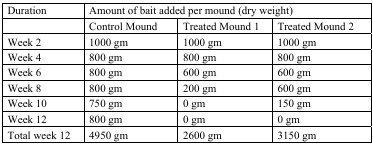
| Duration | <COLSPAN=3> Amount of bait added per mound (dry weight) |
 |  | Control Mound | Treated Mound 1 | Treated Mound 2 |
 | --- | --- | --- | --- |
 | Week 2 | 1000 gm | 1000 gm | 1000 gm |
 | Week 4 | 800 gm | 800 gm | 800 gm |
 | Week 6 | 800 gm | 600 gm | 600 gm |
 | Week 8 | 800 gm | 200 gm | 600 gm |
 | Week 10 | 750 gm | 0 gm | 150 gm |
 | Week 12 | 800 gm | 0 gm | 0 gm |
 | Total week 12 | 4950 gm | 2600 gm | 3150 gm |